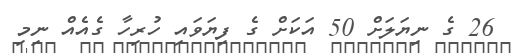
26 ގެ ނިޔަލަށް 50 އަކަށް ގެ ފިޔަވައި ހުރިހާ ގެއެއް ނިމި